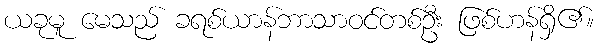
ယခုမူ မေသည် ခရစ်ယာန်ဘာသာဝင်တစ်ဦး ဖြစ်ဟန်ရှိ၏။